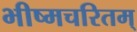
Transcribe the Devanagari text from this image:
भीष्मचरितम्